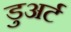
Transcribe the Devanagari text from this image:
डुअर्ट